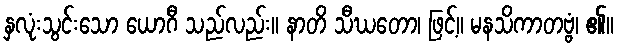
နှလုံးသွင်းသော ယောဂီ သည်လည်း။ နာတိ သီဃတော၊ ဖြင့်။ မနသိကာတဗ္ဗံ၊ ၏။